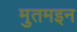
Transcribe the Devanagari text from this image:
मुतमइन